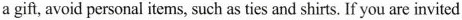
a gift, avoid personal items, such as ties and shirts. If you are invited